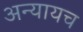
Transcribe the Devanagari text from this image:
अन्यायच